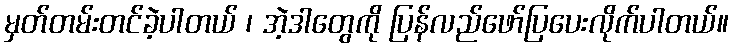
မှတ်တမ်းတင်ခဲ့ပါတယ် ၊ အဲ့ဒါတွေကို ပြန်လည်ဖော်ပြပေးလိုက်ပါတယ်။